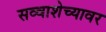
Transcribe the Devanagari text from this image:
सव्वाशेच्यावर